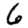
Digit: 6